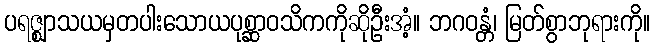
ပရဇ္ဈာသယမှတပါးသောယပုစ္ဆာဝသိကကိုဆိုဦးအံ့။ ဘဂဝန္တံ၊ မြတ်စွာဘုရားကို။